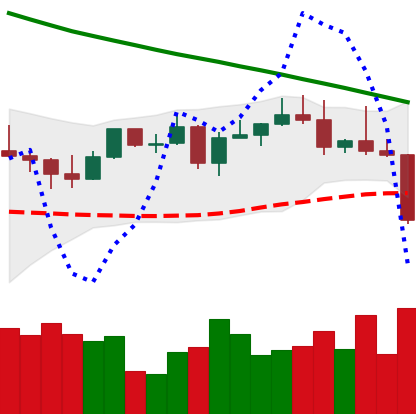
Ticker: LTC-USD
Chart end date: 2022-08-19
Forward return: 4.528%
Label: up_3_5